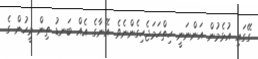
ގޭގައި އުޅެމުން އަންނަނީ ހިތްހަމަޖެހިގެންނެވެ. އޭނާގެ އެއް ބަނޑު ތިން މީހުން ގެ